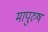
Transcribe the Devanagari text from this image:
मापुरुष